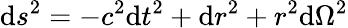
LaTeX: \mathrm{d}s^{2}=-c^{2}\mathrm{d}t^{2}+\mathrm{d}r^{2}+r^{2}\mathrm{d}\Omega^{2}